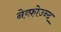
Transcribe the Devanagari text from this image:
नेव्फ़ोउन्द